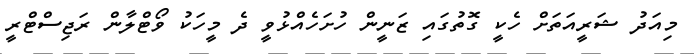
މިއަދު ޝަރީއަތަށް ހެކީ ގޮތުގައި ޒަނީން ހުށަހެއްޅުވީ ދެ މީހަކު ވޯޓްލާން ރަޖިސްޓްރީ